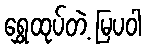
ရွှေထုပ်တဲ့ မြပဝါ